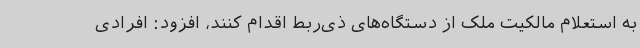
به استعلام مالکیت ملک از دستگاه‌های ذی‌ربط اقدام کنند، افزود: افرادی